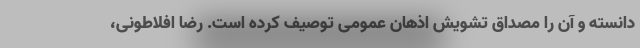
دانسته و آن را مصداق تشویش اذهان عمومی توصیف کرده است. رضا افلاطونی،